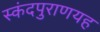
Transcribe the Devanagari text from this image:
स्कंदपुराणयह